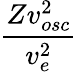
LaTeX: \frac{Zv_{osc}^{2}}{v_{e}^{2}}